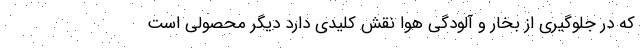
که در جلوگیری از بخار و آلودگی هوا نقش کلیدی دارد دیگر محصولی است